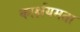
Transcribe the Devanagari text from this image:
कार्क्षयमता